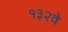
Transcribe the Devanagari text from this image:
१३२वे